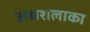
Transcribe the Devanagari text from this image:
अक्षशलाका